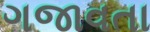
ગજાવતા